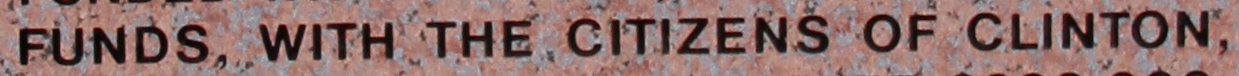
FUNDS, WITH THE CITIZENS OF CLINTON,